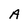
Character: A